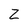
Character: Z